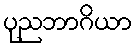
ပုညဘာဂိယာ